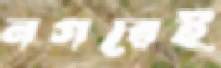
নগরেই